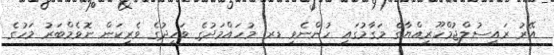
އޭރު ރައީސުލްޖުމްހޫރިއްޔާގެ މަގާމުގައި ހުންނެވި ޑރ. މުހައްމަދުގެ ވަހީދުގެ ވެރިކަން ނޮވެމްބަރު މަހުގެ